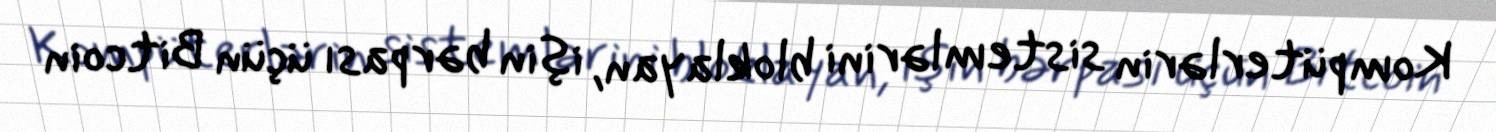
Kompüterlərin sistemlərini bloklayan, işin bərpası üçün Bitcoin